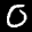
Label: 0